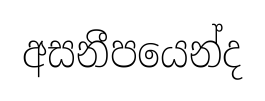
අසනීපයෙන්ද